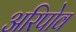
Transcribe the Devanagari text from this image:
अरिपोव